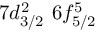
7 d _ { 3 / 2 } ^ { 2 } \, \, 6 f _ { 5 / 2 } ^ { 5 }